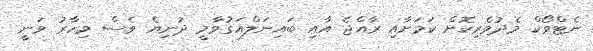
ނެޓްވޯކް މެދުވެރިކޮށް ކަމަށާއި ރާއްޖެ އާއި ބައިނަލްއަގުވާމީ ދުނިޔެ ވެސް މިހާރު ވަނީ